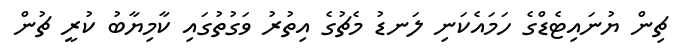
ޗިން ޔުނައިޓެޑްގެ ހަމައެކަނި ލަނޑު މެޗުގެ އިތުރު ވަގުތުގައި ކާމިޔާބު ކުރީ ޗުން